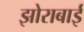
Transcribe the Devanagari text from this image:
झोराबाई